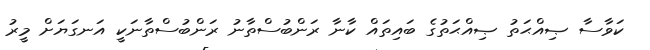
ކަވާސާ ޞިއްޙަތު ޞިއްޙަތުގެ ބައިތައް ކާނާ ރަންބުސްތާނު ރަންބުސްތާނަކީ އަނގަޔަށް މީރު